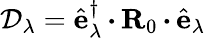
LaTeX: \mathcal{D}_{\lambda}=\hat{{\mathbf{{e}}}}_{\lambda}^{\dagger}\, {\boldsymbol{\cdot}}\, {\mathbf{{R}}}_{0}\, {\boldsymbol{\cdot}}\, \hat{{\mathbf{{e}}}}_{\lambda}